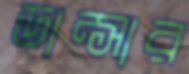
ডান্সার